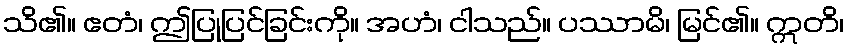
သိ၏။ ဧတံ၊ ဤပြုပြင်ခြင်းကို။ အဟံ၊ ငါသည်။ ပဿာမိ၊ မြင်၏။ ဣတိ၊